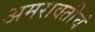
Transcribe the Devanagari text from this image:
अमरावतीचं